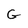
Character: G